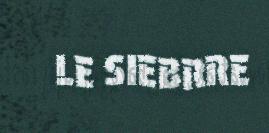
LE SIEBRRE